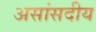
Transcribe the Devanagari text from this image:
असांसदीय